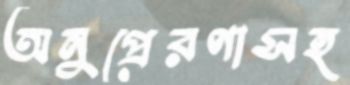
অনুপ্রেরণাসহ